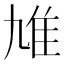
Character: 䧱